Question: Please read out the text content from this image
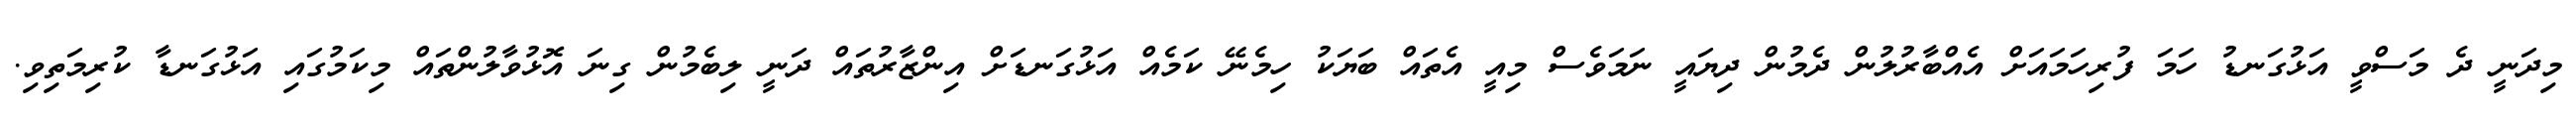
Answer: މިދަނީ ދެ މަސްވީ އަޅުގަނޑު ހަމަ ފުރިހަމައަށް އެއްބާރުލުން ދެމުން ދިޔައީ ނަމަވެސް މިއީ އެތައް ބަޔަކު ހިމެނޭ ކަމެއް އަޅުގަނޑަށް އިންޒާރުތައް ދަނީ ލިބެމުން ގިނަ އޮޅުވާލުންތައް މިކަމުގައި އަޅުގަނޑާ ކުރިމަތިވި.